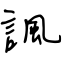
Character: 諷